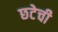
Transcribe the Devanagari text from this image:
छटेची